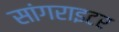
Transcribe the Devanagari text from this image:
सांगराइटर